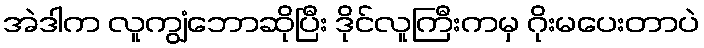
အဲဒါက လူကျွံဘောဆိုပြီး ဒိုင်လူကြီးကမှ ဂိုးမပေးတာပဲ